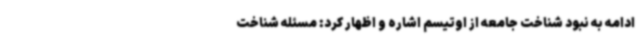
ادامه به نبود شناخت جامعه از اوتیسم اشاره و اظهار کرد: مسئله شناخت